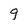
Character: 9